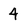
Character: 4